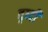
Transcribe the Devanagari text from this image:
वृध्दी